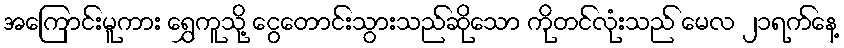
အကြောင်းမူကား ရွှေကူသို့ ငွေတောင်းသွားသည်ဆိုသော ကိုတင်လုံးသည် မေလ ၂၁ရက်နေ့